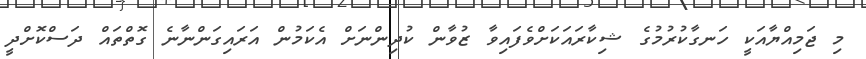
މި ޖަމިއްޔާއަކީ ހަނގާކުރުމުގެ ޝިކާރައަކަށްވެފައިވާ ޒުވާން ކުދިންނަށް އެކަމުން އަރައިގަންނާނެ ގޮތްތައް ދަސްކޮށްދީ